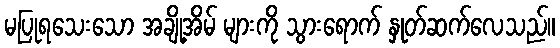
မပြုရသေးသော အချို့အိမ် များကို သွားရောက် နှုတ်ဆက်လေသည်။